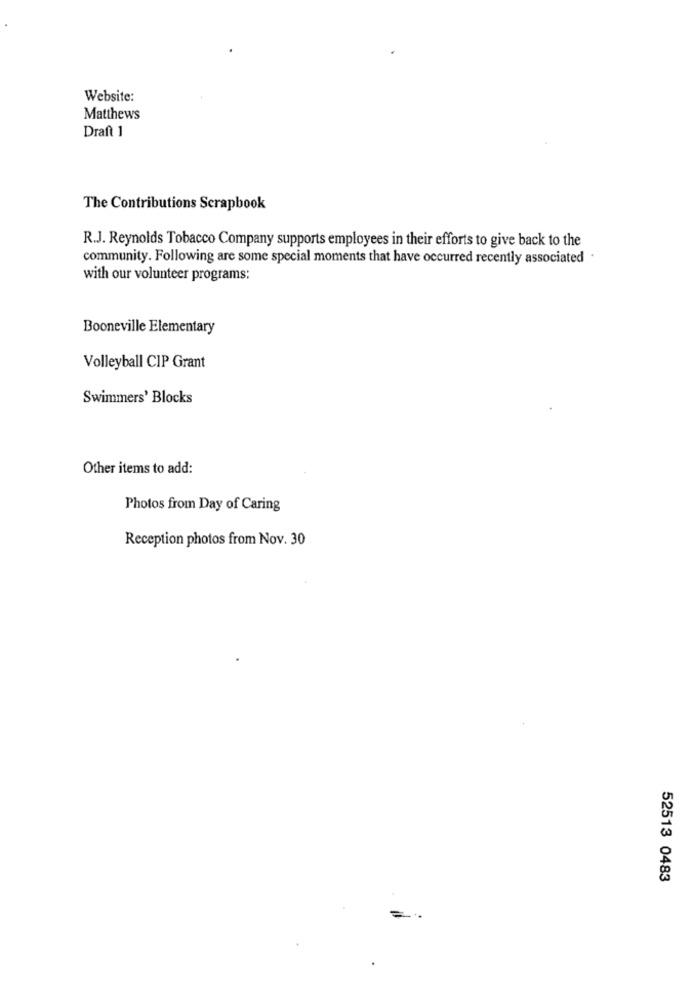
Website:
Matthews
Draft 1
The Contributions Scrapbook
R.J. Reynolds Tobacco Company supports employees in their efforts to give back to the
community. Following are some special moments that have occurred recently associated .
with our volunteer programs:
Booneville Elementary
Volleyball CIP Grant
Swimmers' Blocks
Other items to add:
Photos from Day of Caring
Reception photos from Nov. 30
52513 0483